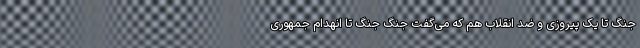
جنگ تا یک پیروزی و ضد انقلاب هم که می‌گفت جنگ جنگ تا انهدام جمهوری